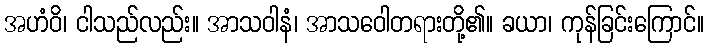
အဟံဝိ၊ ငါသည်လည်း။ အာသဝါနံ၊ အာသဝေါတရားတို့၏။ ခယာ၊ ကုန်ခြင်းကြောင်။